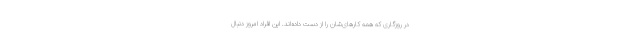
در روزگاری که همه کارهای‌شان را از دست داده‌اند. این افراد امروز دنبال